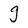
Character: g